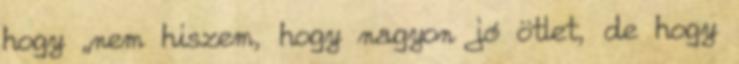
hogy „nem hiszem, hogy nagyon jó ötlet, de hogy